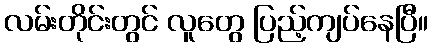
လမ်းတိုင်းတွင် လူတွေ ပြည့်ကျပ်နေပြီ။